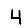
Digit: 4